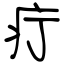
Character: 疔